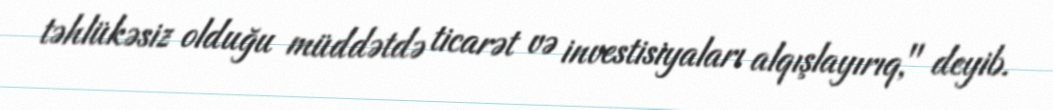
təhlükəsiz olduğu müddətdə ticarət və investisiyaları alqışlayırıq," deyib.